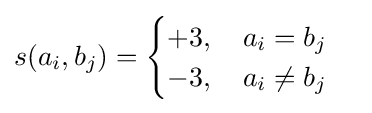
s(a_{i},b_{j})={\begin{cases}+3,\quad a_{i}=b_{j}\\-3,\quad a_{i}\neq b_{j}\end{cases}}